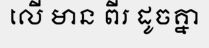
លើ មាន ពីរ ដូចគ្នា